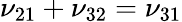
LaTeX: \nu_{21}+\nu_{32}=\nu_{31}